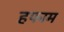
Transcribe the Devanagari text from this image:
हफाम